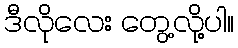
ဒီလိုလေး တွေ့လို့ပါ။